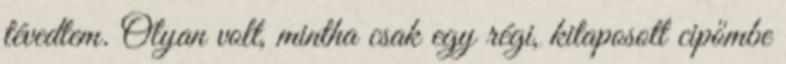
tévedtem. Olyan volt, mintha csak egy régi, kitaposott cipőmbe